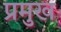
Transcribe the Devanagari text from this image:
प्रमुख्‍ा